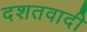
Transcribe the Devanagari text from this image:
दशतवादी